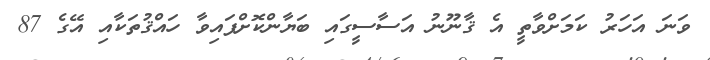
ވަނަ އަހަރު ކަމަށްވާތީ އެ ޤާނޫނު އަސާސީގައި ބަޔާންކޮށްފައިވާ ހައްޤުތަކާއި އޭގެ 87